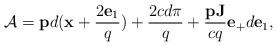
\begin{align*}{\cal A}={\bf p}d({\bf x}+\frac{2{\bf e}_1}{q})+ \frac{2cd\pi}{q}+\frac{{\bf pJ}}{cq}{\bf e}_+d{\bf e}_1,\end{align*}